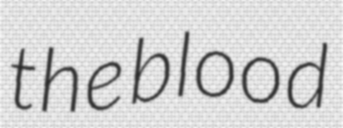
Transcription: the blood